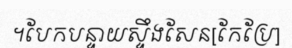
។បែកបន្ទាយស្ទឹងសែន[កែប្រែ]